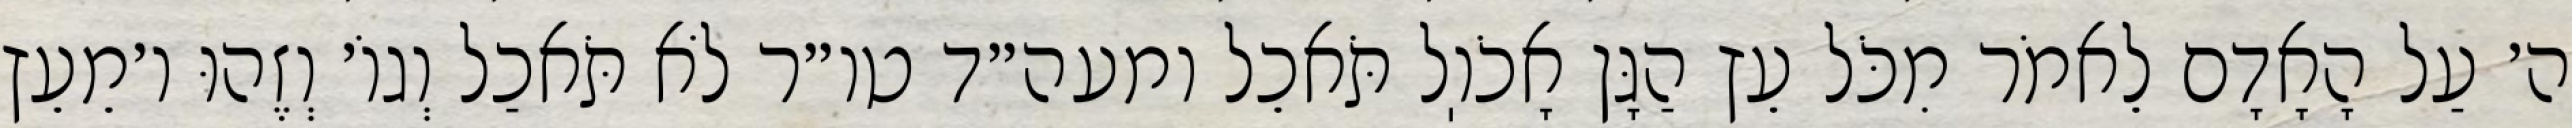
ה׳ עַל הָאָדָם לֵאמֹר מִכֹּל עֵץ הַגָּן אָכֹוֽל תֹּאכֵל ומעה״ד טו״ר לֹא תֹּאכַל וְגוֹ׳ וְזֶהוּ ו׳מֵעֵץ